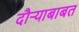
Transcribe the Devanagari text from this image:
दौर्‍याबाबत